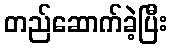
တည်ဆောက်ခဲ့ပြီး